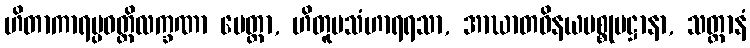
ဟိတာကာရပ္ပဝတ္တိလက္ခဏာ မေတ္တာ, ဟိတူပသံဟာရရသာ, အာဃာတဝိနယပစ္စုပဋ္ဌာနာ, သတ္တာနံ